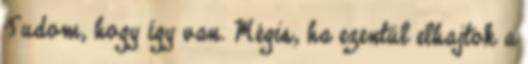
Tudom, hogy így van. Mégis, ha ezentúl elhajtok a